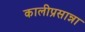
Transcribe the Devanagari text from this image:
कालीप्रसान्ना